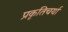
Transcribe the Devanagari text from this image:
प्रकृतिचर्या